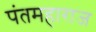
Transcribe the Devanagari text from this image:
पंतमहाराज